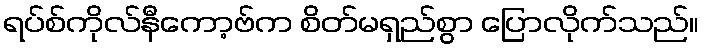
ရပ်စ်ကိုလ်နီကော့ဗ်က စိတ်မရှည်စွာ ပြောလိုက်သည်။